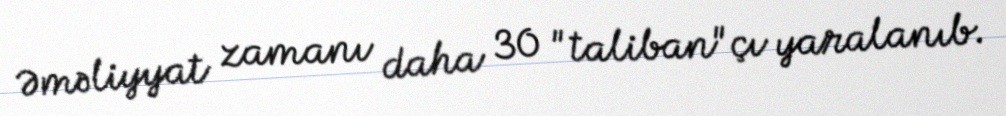
Əməliyyat zamanı daha 30 "taliban"çı yaralanıb.